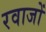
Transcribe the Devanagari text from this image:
रवाजों